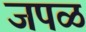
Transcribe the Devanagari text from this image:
जपळ